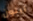
لينون